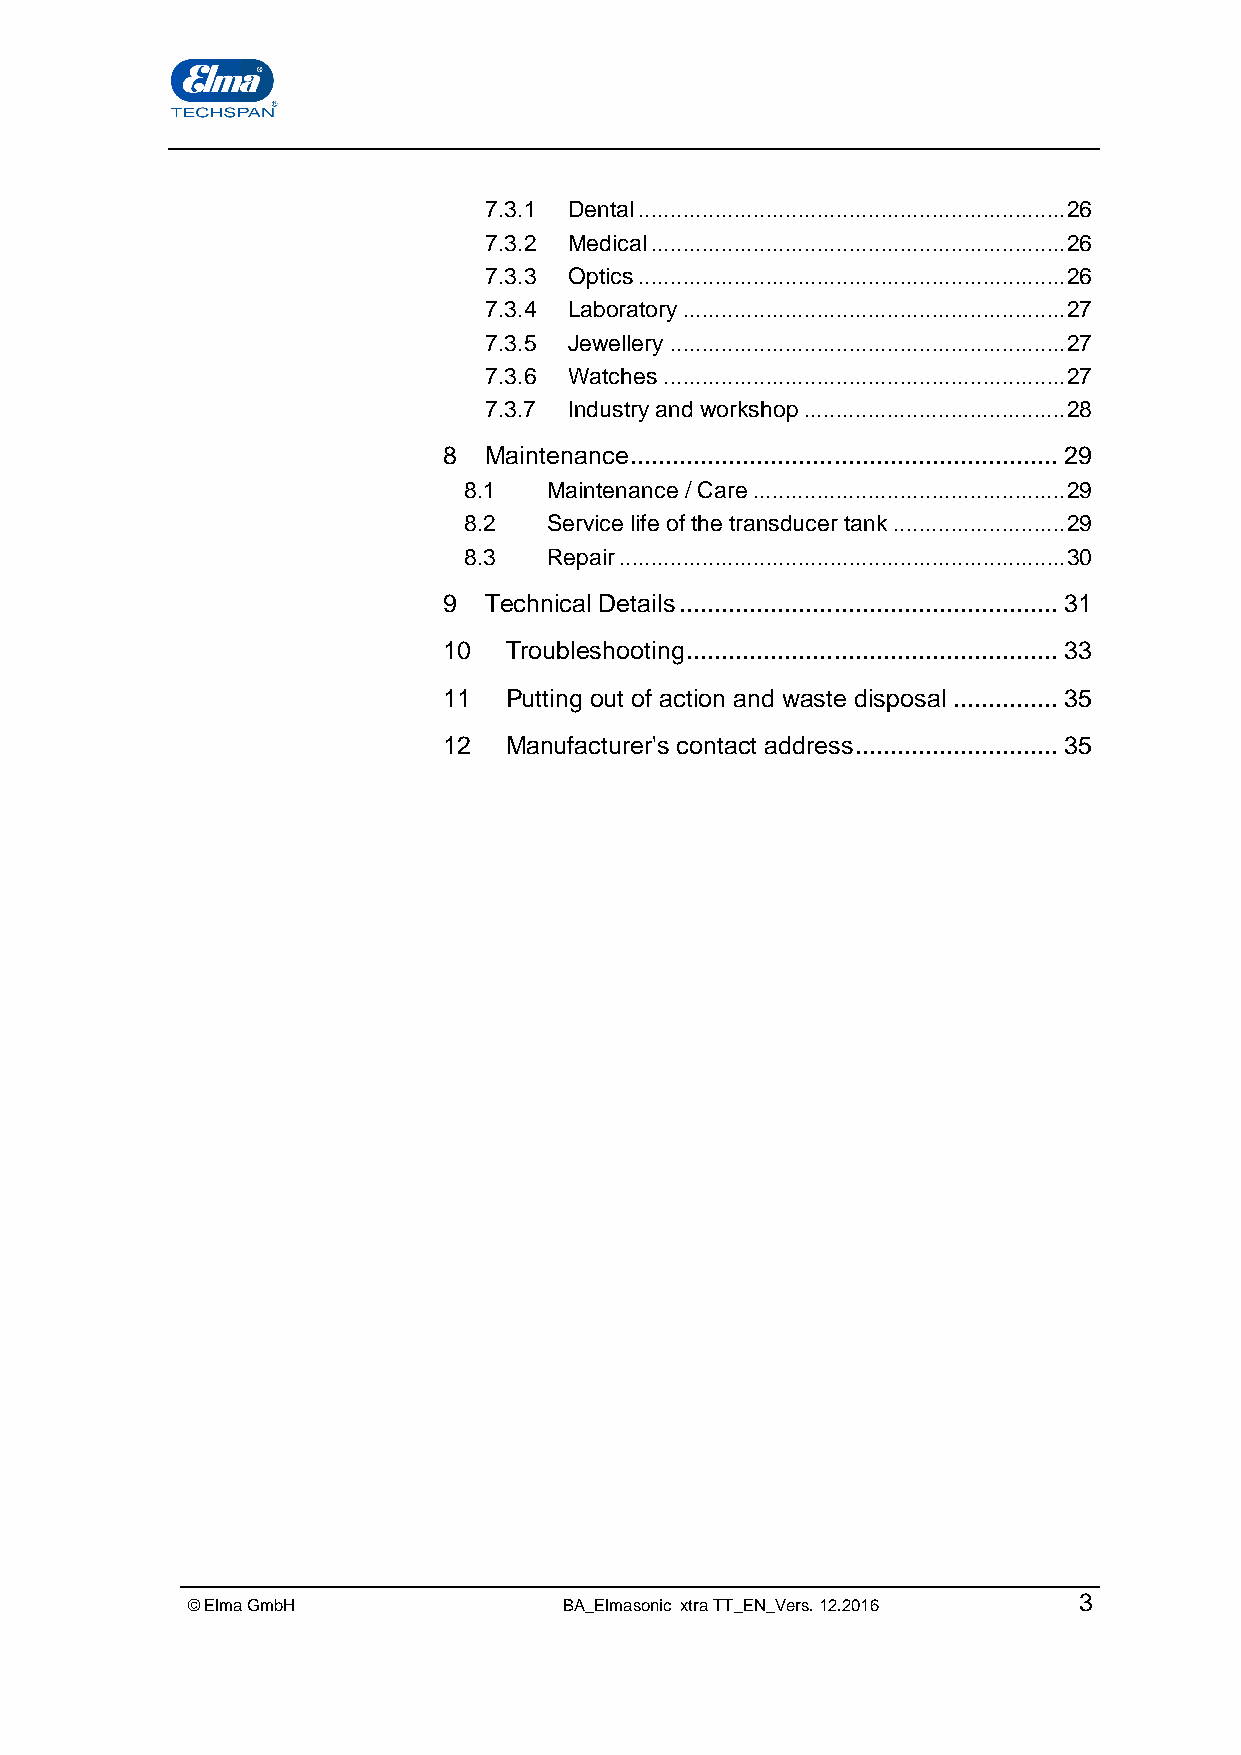
7.3.1 Dental ................................................................... 26
 7.3.2 Medical ................................................................. 26
 7.3.3 Optics ................................................................... 26
 7.3.4 Laboratory ............................................................ 27
 7.3.5 Jewellery .............................................................. 27
 7.3.6 Watches ............................................................... 27
 7.3.7 Industry and workshop ......................................... 28
 8  Maintenance ............................................................. 29
 8.1  Maintenance / Care ................................................. 29
 8.2  Service life of the transducer tank ........................... 29
 8.3  Repair ...................................................................... 30
 9  Technical Details ...................................................... 31
 10  Troubleshooting ..................................................... 33
 11  Putting out of action and waste disposal ............... 35
 12  Manufacturer's contact address ............................. 35
 © Elma GmbH              BA_Elmasonic xtra TT_EN_Vers. 12.2016 3